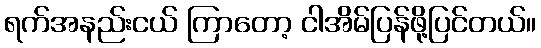
ရက်အနည်းငယ် ကြာတော့ ငါအိမ်ပြန်ဖို့ပြင်တယ်။